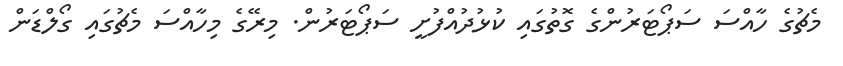
މެޗުގެ ހާއްސަ ސަޕޯޓަރުންގެ ގޮތުގައި ކުޅުދުއްފުށީ ސަޕޯޓަރުން. މިރޭގެ މިހާއްސަ މެޗުގައި ގޯލްޑަން